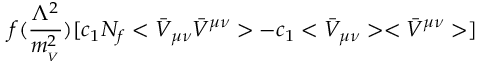
f ( \frac { \Lambda ^ { 2 } } { m _ { _ V } ^ { 2 } } ) [ c _ { 1 } N _ { f } < \bar { V } _ { \mu \nu } \bar { V } ^ { \mu \nu } > - c _ { 1 } < \bar { V } _ { \mu \nu } > < \bar { V } ^ { \mu \nu } > ]